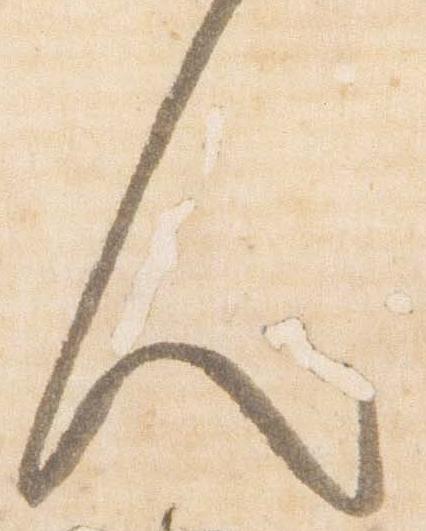
人